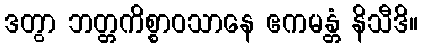
ဒတွာ ဘတ္တကိစ္စာဝသာနေ ဧကမန္တံ နိသီဒိ။